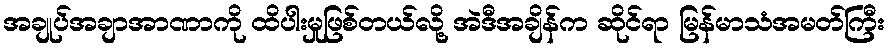
အချုပ်အချာအာဏာကို ထိပါးမှုဖြစ်တယ်လို့ အဲဒီအချိန်က ဆိုင်ရာ မြန်မာသံအမတ်ကြီး